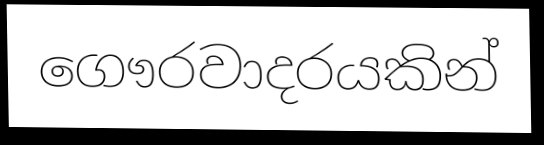
ගෞරවාදරයකින්